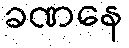
ခဏနေ